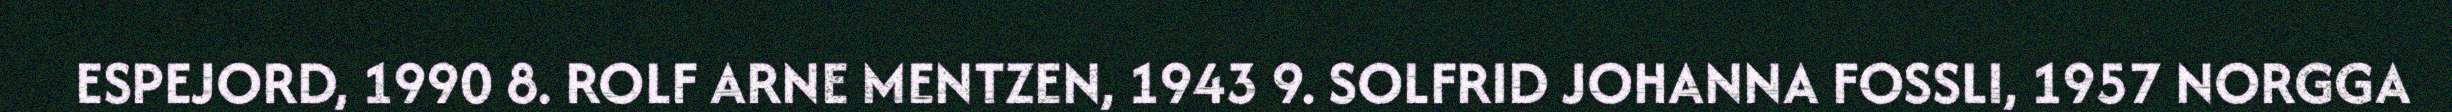
ESPEJORD, 1990 8. ROLF ARNE MENTZEN, 1943 9. SOLFRID JOHANNA FOSSLI, 1957 NORGGA